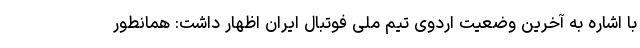
با اشاره به آخرین وضعیت اردوی تیم ملی فوتبال ایران اظهار داشت: همانطور